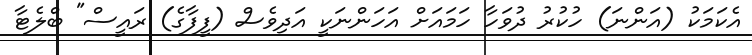
އެކަމަކު (އަންނަ) ހުކުރު ދުވަހާ ހަމައަށް އަހަންނަކީ އަދިވެސް (ފީފާގެ) ރައީސް" ބްލެޓާ